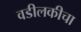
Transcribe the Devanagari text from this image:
वडीलकीचा